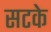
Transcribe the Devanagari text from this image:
सटके